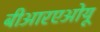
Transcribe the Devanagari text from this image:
बीआरएओयू